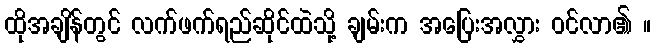
ထိုအချိန်တွင် လက်ဖက်ရည်ဆိုင်ထဲသို့ ချမ်းက အပြေးအလွှား ဝင်လာ၏ ။